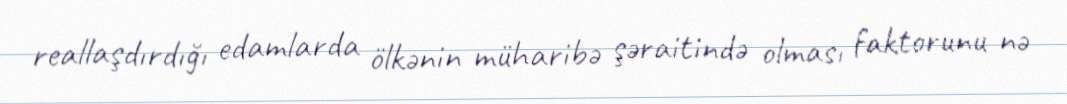
reallaşdırdığı edamlarda ölkənin müharibə şəraitində olması faktorunu nə